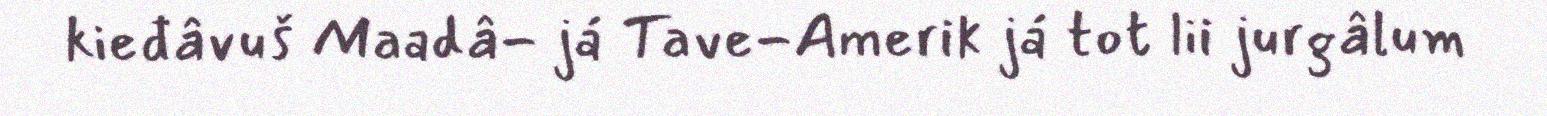
kieđâvuš Maadâ- já Tave-Amerik já tot lii jurgâlum